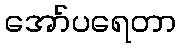
အော်ပရေတာ